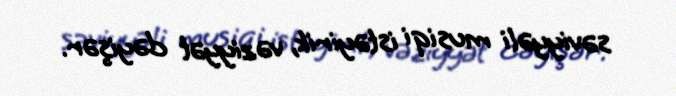
səviyyəli musiqi istəyirik, vəziyyət dəyişər.